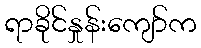
ရာခိုင်နှုန်းကျော်က